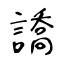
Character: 譑